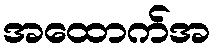
အထောက်အ